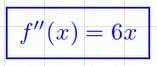
f''(x)=6x